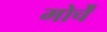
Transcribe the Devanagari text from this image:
मोर्चें